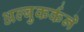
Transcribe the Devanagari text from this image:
अल्बुकर्कने